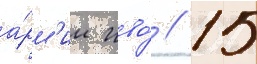
а́рм'ии пво́ // 15